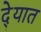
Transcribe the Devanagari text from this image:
दे्यात